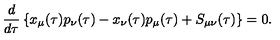
\frac { d } { d \tau } \left\{ x _ { \mu } ( \tau ) p _ { \nu } ( \tau ) - x _ { \nu } ( \tau ) p _ { \mu } ( \tau ) + S _ { \mu \nu } ( \tau ) \right\} = 0 .